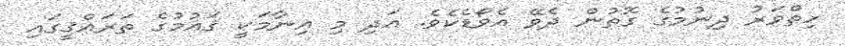
ހިތްވަރު ދިނުމުގެ ގޮތުން ދެވޭ އެވޯޑެކެވެ. އަދި މި އިނާމަކީ ޤައުމުގެ ތަރައްޤީގައި